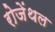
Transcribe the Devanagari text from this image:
रोजेंथल